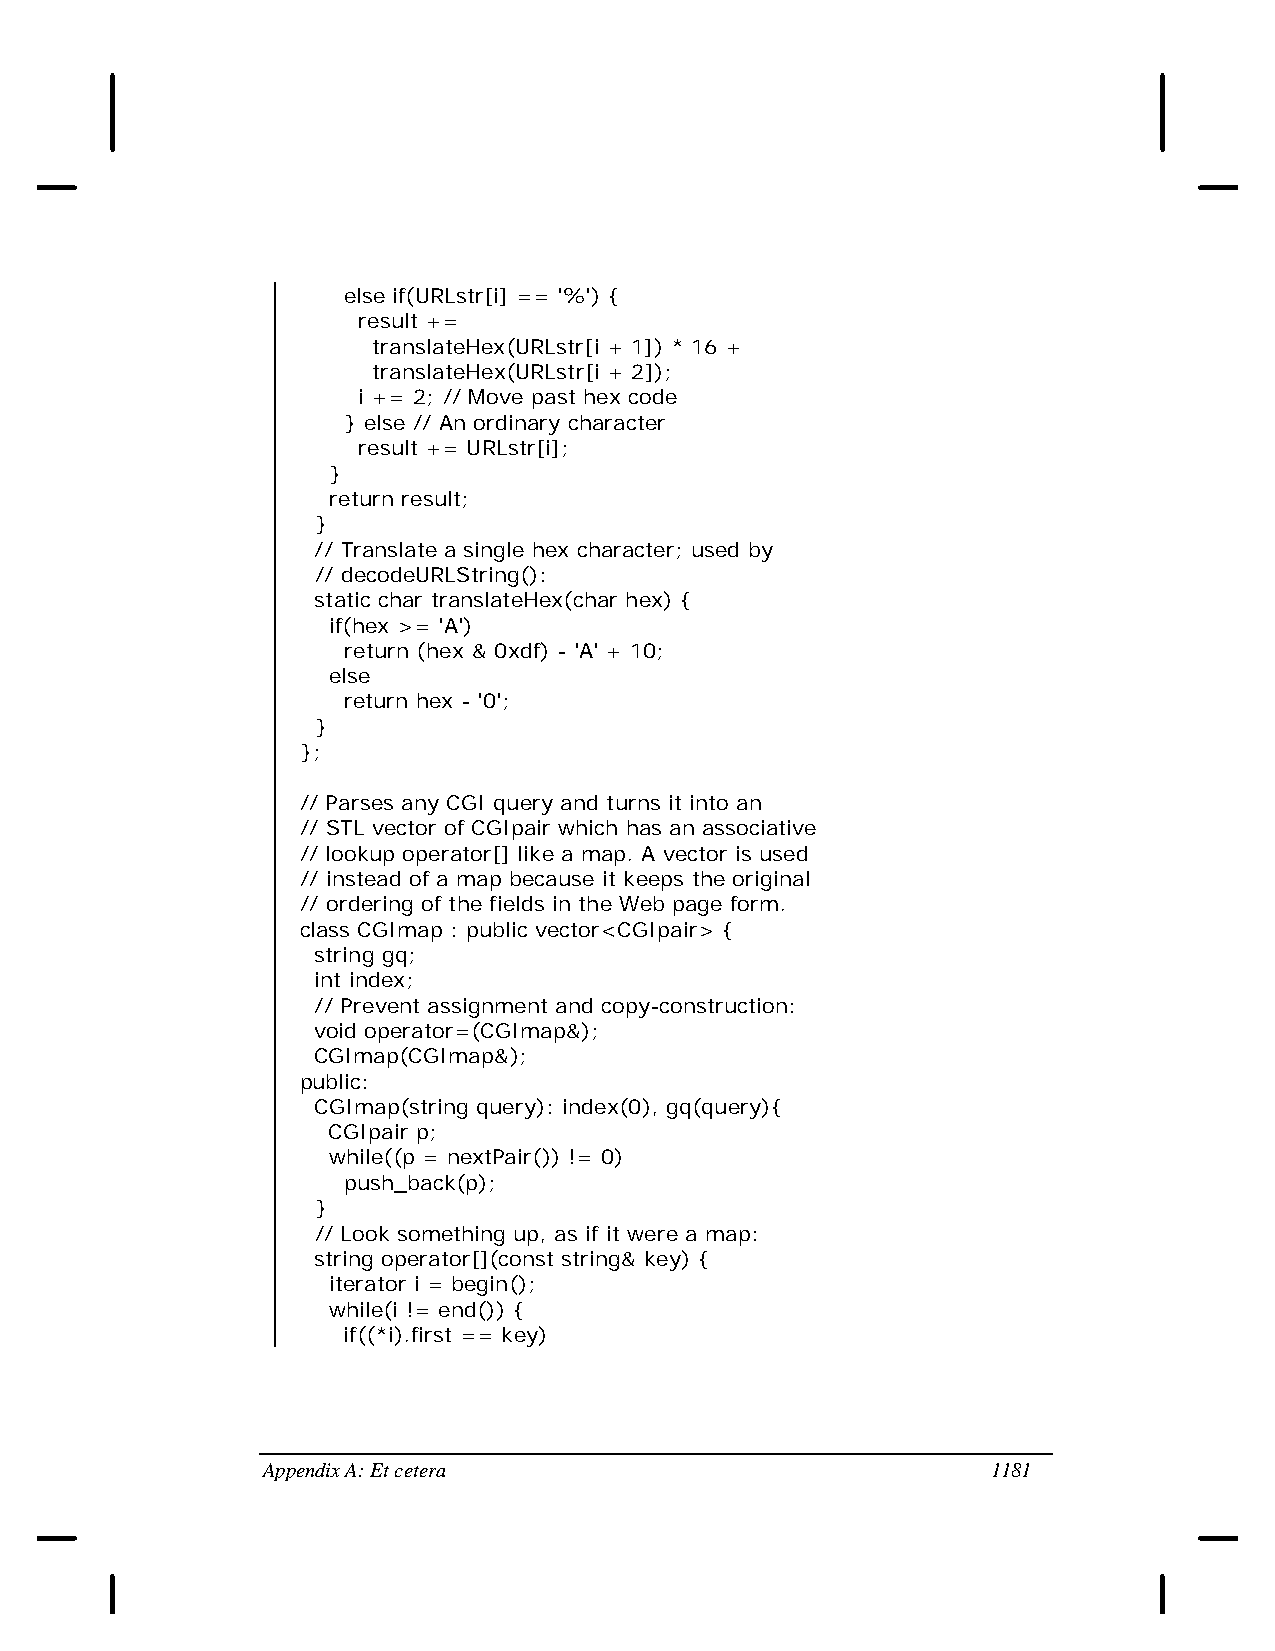
else if(URLstr[i] == '%') {
 result +=
 translateHex(URLstr[i + 1]) * 16 +
 translateHex(URLstr[i + 2]);
 i += 2; // Move past hex code
 } else // An ordinary character
 result += URLstr[i];
 }
 return result;
 }
 // Translate a single hex character; used by
 // decodeURLString():
 static char translateHex(char hex) {
 if(hex >= 'A')
 return (hex & 0xdf) - 'A' + 10;
 else
 return hex - '0';
 }
 };
 // Parses any CGI query and turns it into an
 // STL vector of CGIpair which has an associative
 // lookup operator[] like a map. A vector is used
 // instead of a map because it keeps the original
 // ordering of the fields in the Web page form.
 class CGImap : public vector<CGIpair> {
 string gq;
 int index;
 // Prevent assignment and copy-construction:
 void operator=(CGImap&);
 CGImap(CGImap&);
 public:
 CGImap(string query): index(0), gq(query){
 CGIpair p;
 while((p = nextPair()) != 0)
 push_back(p);
 }
 // Look something up, as if it were a map:
 string operator[](const string& key) {
 iterator i = begin();
 while(i != end()) {
 if((*i).first == key)
 Appendix A: Et cetera                            1181